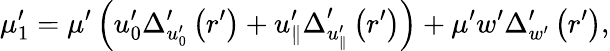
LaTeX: \mu_{1}^{\prime}=\mu^{\prime}\left(u_{0}^{\prime}\Delta_{u_{0}^{\prime}}^{\prime}\left(r^{\prime}\right)+u_{\parallel}^{\prime}\Delta_{u_{\parallel}^{\prime}}^{\prime}\left(r^{\prime}\right)\right)+\mu^{\prime}w^{\prime}\Delta_{w^{\prime}}^{\prime}\left(r^{\prime}\right),